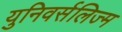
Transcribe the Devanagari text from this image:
युनिवर्सलिज्म